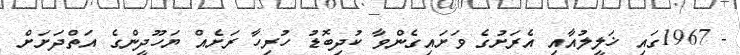
- 1967ގައި ޚަލީލުއާއި އެރަށުގެ ވަށައިގެންވާ ކުދިބޮޑު ހުރިހާ ރަށެއް ޔަހޫދީންގެ އަތްދަށަށް